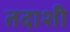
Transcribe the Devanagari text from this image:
तदाशी